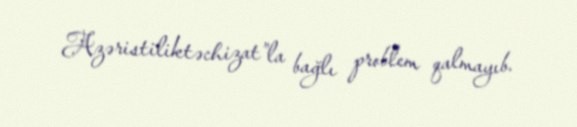
Azəristiliktəchizat”la bağlı problem qalmayıb.